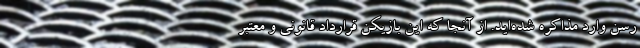
رسن وارد مذاکره شده‌اید. از آنجا که این بازیکن قرارداد قانونی و معتبر